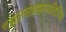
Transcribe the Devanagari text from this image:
गझलसंग्रहाव्यतिरिक्त